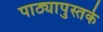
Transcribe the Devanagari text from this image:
पाठ्यापुस्तके